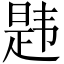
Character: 韪